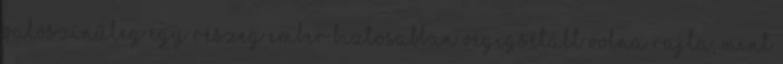
valószínűleg egy részeg ember biztosabban végigsétált volna rajta, mint